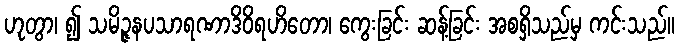
ဟုတွာ၊ ၍ သမိဉ္ဇနပသာရဏာဒိဝိရဟိတော၊ ကွေးခြင်း ဆန့်ခြင်း အစရှိသည်မှ ကင်းသည်။